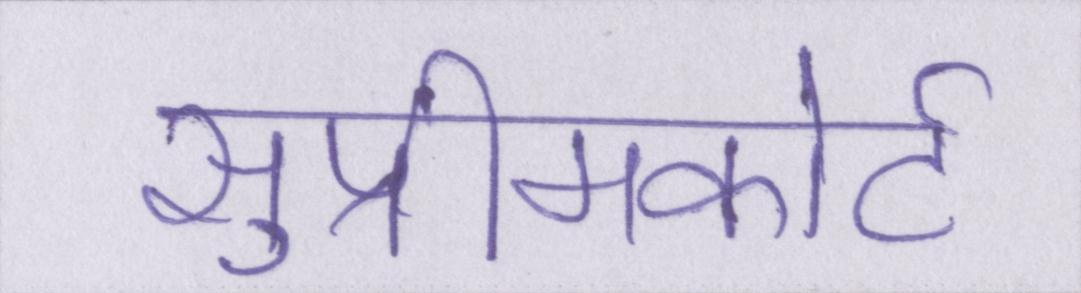
सुप्रीमकोर्ट